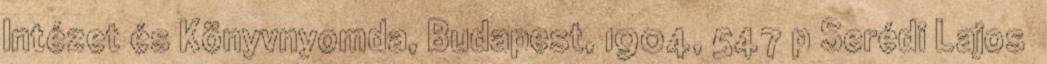
Intézet és Könyvnyomda, Budapest, 1904, 547 p Serédi Lajosː